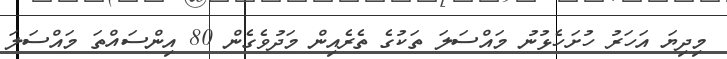
މިދިޔަ އަހަރު ހުށަހެޅުނު މައްސަލަ ތަކުގެ ތެރެއިން މަދުވެގެން 80 އިންސައްތަ މައްސަލަ